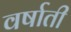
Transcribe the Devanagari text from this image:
वर्षाती